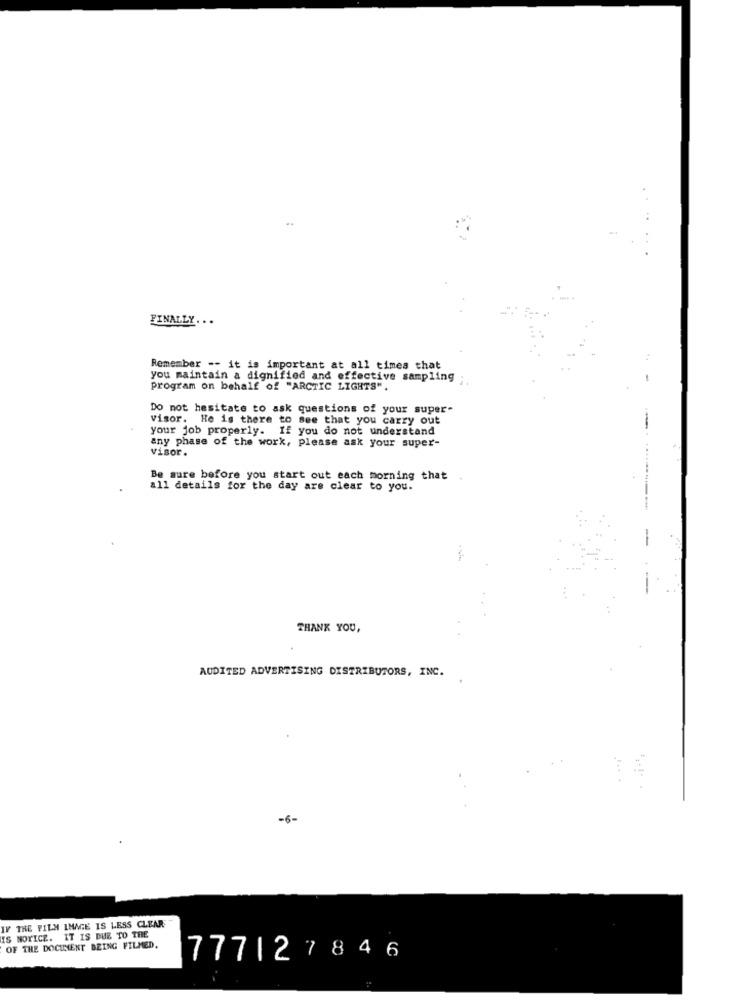
FINALLY ...
Remember -- it is important at all times that
you maintain a dignified and effective sampling ;
program on behalf of "ARCTIC LIGHTS".
Do not hesitate to ask questions of your super-
visor. He is there to see that you carry out
your job properly.
If you do not understand
any phase of the work, please ask your super-
visor.
Be sure before you start out each morning that
all details for the day are clear to you.
THANK YOU,
AUDITED ADVERTISING DISTRIBUTORS, INC.
-6-
IF THE FILM IMAGE IS LESS CLEAR"
IS NOTICE. IT IS DUE TO THE
OF THE DOCUMENT BEING FILMED.
777127846